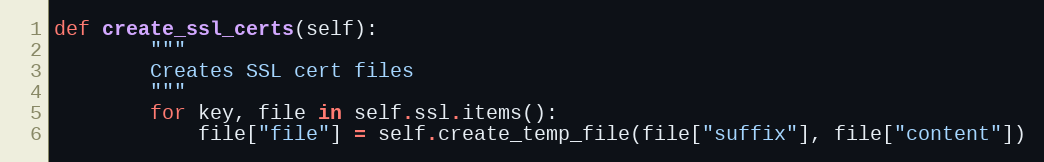
Language: Python
def create_ssl_certs(self):
        """
        Creates SSL cert files
        """
        for key, file in self.ssl.items():
            file["file"] = self.create_temp_file(file["suffix"], file["content"])